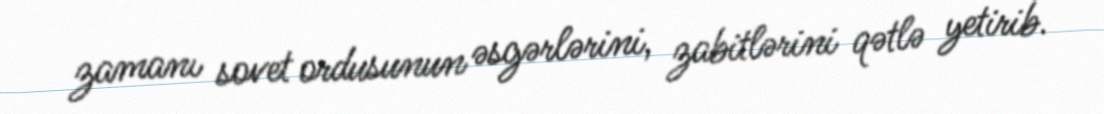
zamanı sovet ordusunun əsgərlərini, zabitlərini qətlə yetirib.